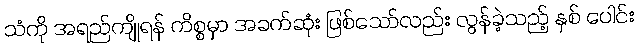
သံကို အရည်ကျိုရန် ကိစ္စမှာ အခက်ဆုံး ဖြစ်သော်လည်း လွန်ခဲ့သည့် နှစ် ပေါင်း